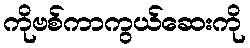
ကိုဗစ်ကာကွယ်ဆေးကို